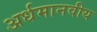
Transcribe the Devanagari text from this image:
अर्धमानवीय